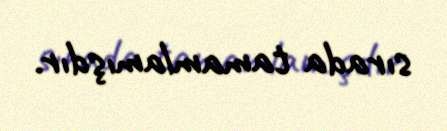
sırada tamamlamışdır.